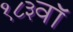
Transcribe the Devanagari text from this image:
१८३वॉ